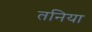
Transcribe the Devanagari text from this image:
तनिया